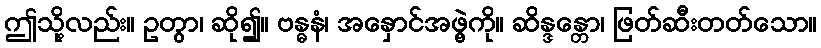
ဤသို့လည်း။ ဥတွာ၊ ဆို၍။ ဗန္ဓနံ၊ အနှောင်အဖွဲ့ကို။ ဆိန္ဒန္တော၊ ဖြတ်ဆီးတတ်သော။